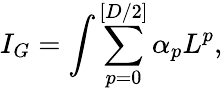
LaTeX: I_{G}=\int\sum_{p=0}^{[D/2]}\alpha_{p}L^{p},